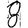
Digit: 8